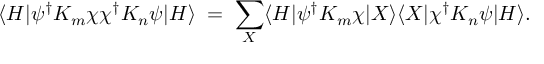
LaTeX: \langle H | \psi ^ { \dagger } { \cal K } _ { m } \chi \chi ^ { \dagger } { \cal K } _ { n } \psi | H \rangle \; = \; \sum _ { X } \langle H | \psi ^ { \dagger } { \cal K } _ { m } \chi | X \rangle \langle X | \chi ^ { \dagger } { \cal K } _ { n } \psi | H \rangle .